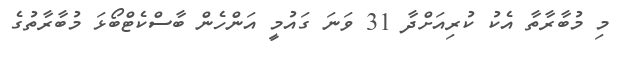
މި މުބާރާތާ އެކު ކުރިއަށްދާ 31 ވަނަ ގައުމީ އަންހެން ބާސްކެޓްބޯޅަ މުބާރާތުގެ